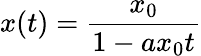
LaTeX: x(t)=\frac{x_{0}}{1-ax_{0}t}